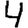
Digit: 4